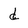
Character: d